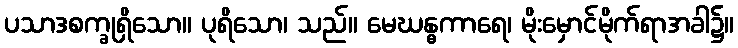
ပသာဒစက္ခုရှိသော။ ပုရိသော၊ သည်။ မေဃန္ဓကာရေ၊ မိုးမှောင်မိုက်ရာအခါ၌။